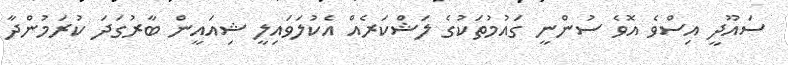
ސައޫދީ އިސްވެ އޮވެ ސުންނީ ގައުމުތަކުގެ ލަޝްކަރެއް އެކުލަވައިލީ ޝިއައީން ބާރުގަދަ ކުރަމުންދާ